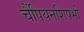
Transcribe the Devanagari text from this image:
चैंपियनशिपभी